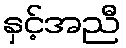
နှင့်အညီ